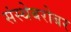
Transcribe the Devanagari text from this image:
संस्थेबरोबर